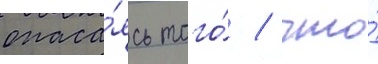
опаса́ясь того́ / что́